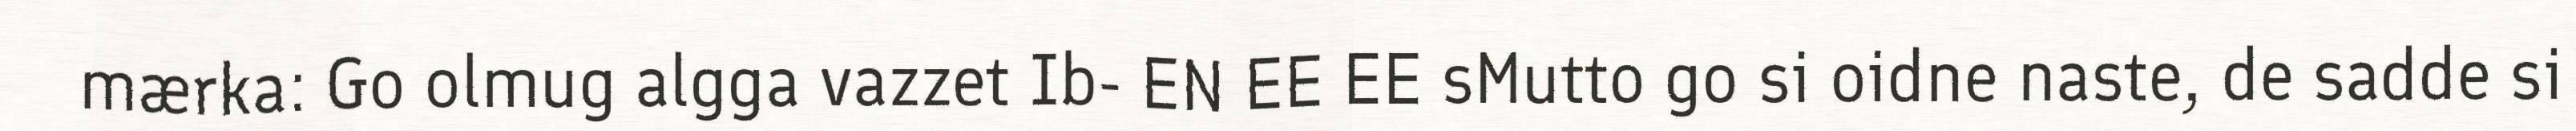
mærka: Go olmug algga vazzet Ib- EN EE EE sMutto go si oidne naste, de sadde si